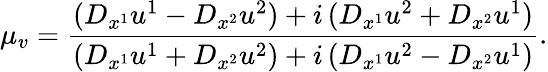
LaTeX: \mu_{v}=\frac{(D_{x^{1}}u^{1}-D_{x^{2}}u^{2})+i\, (D_{x^{1}}u^{2}+D_{x^{2}}u^{1})}{(D_{x^{1}}u^{1}+D_{x^{2}}u^{2})+i\, (D_{x^{1}}u^{2}-D_{x^{2}}u^{1})}.